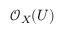
{ \mathcal { O } } _ { X } ( U )